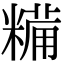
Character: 糒